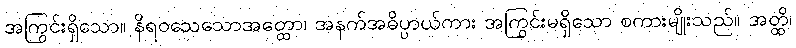
အကြွင်းရှိသော။ နိရဝသေသောအတ္ထော၊ အနက်အဓိပ္ပာယ်ကား အကြွင်းမရှိသော စကားမျိုးသည်။ အတ္ထိ၊